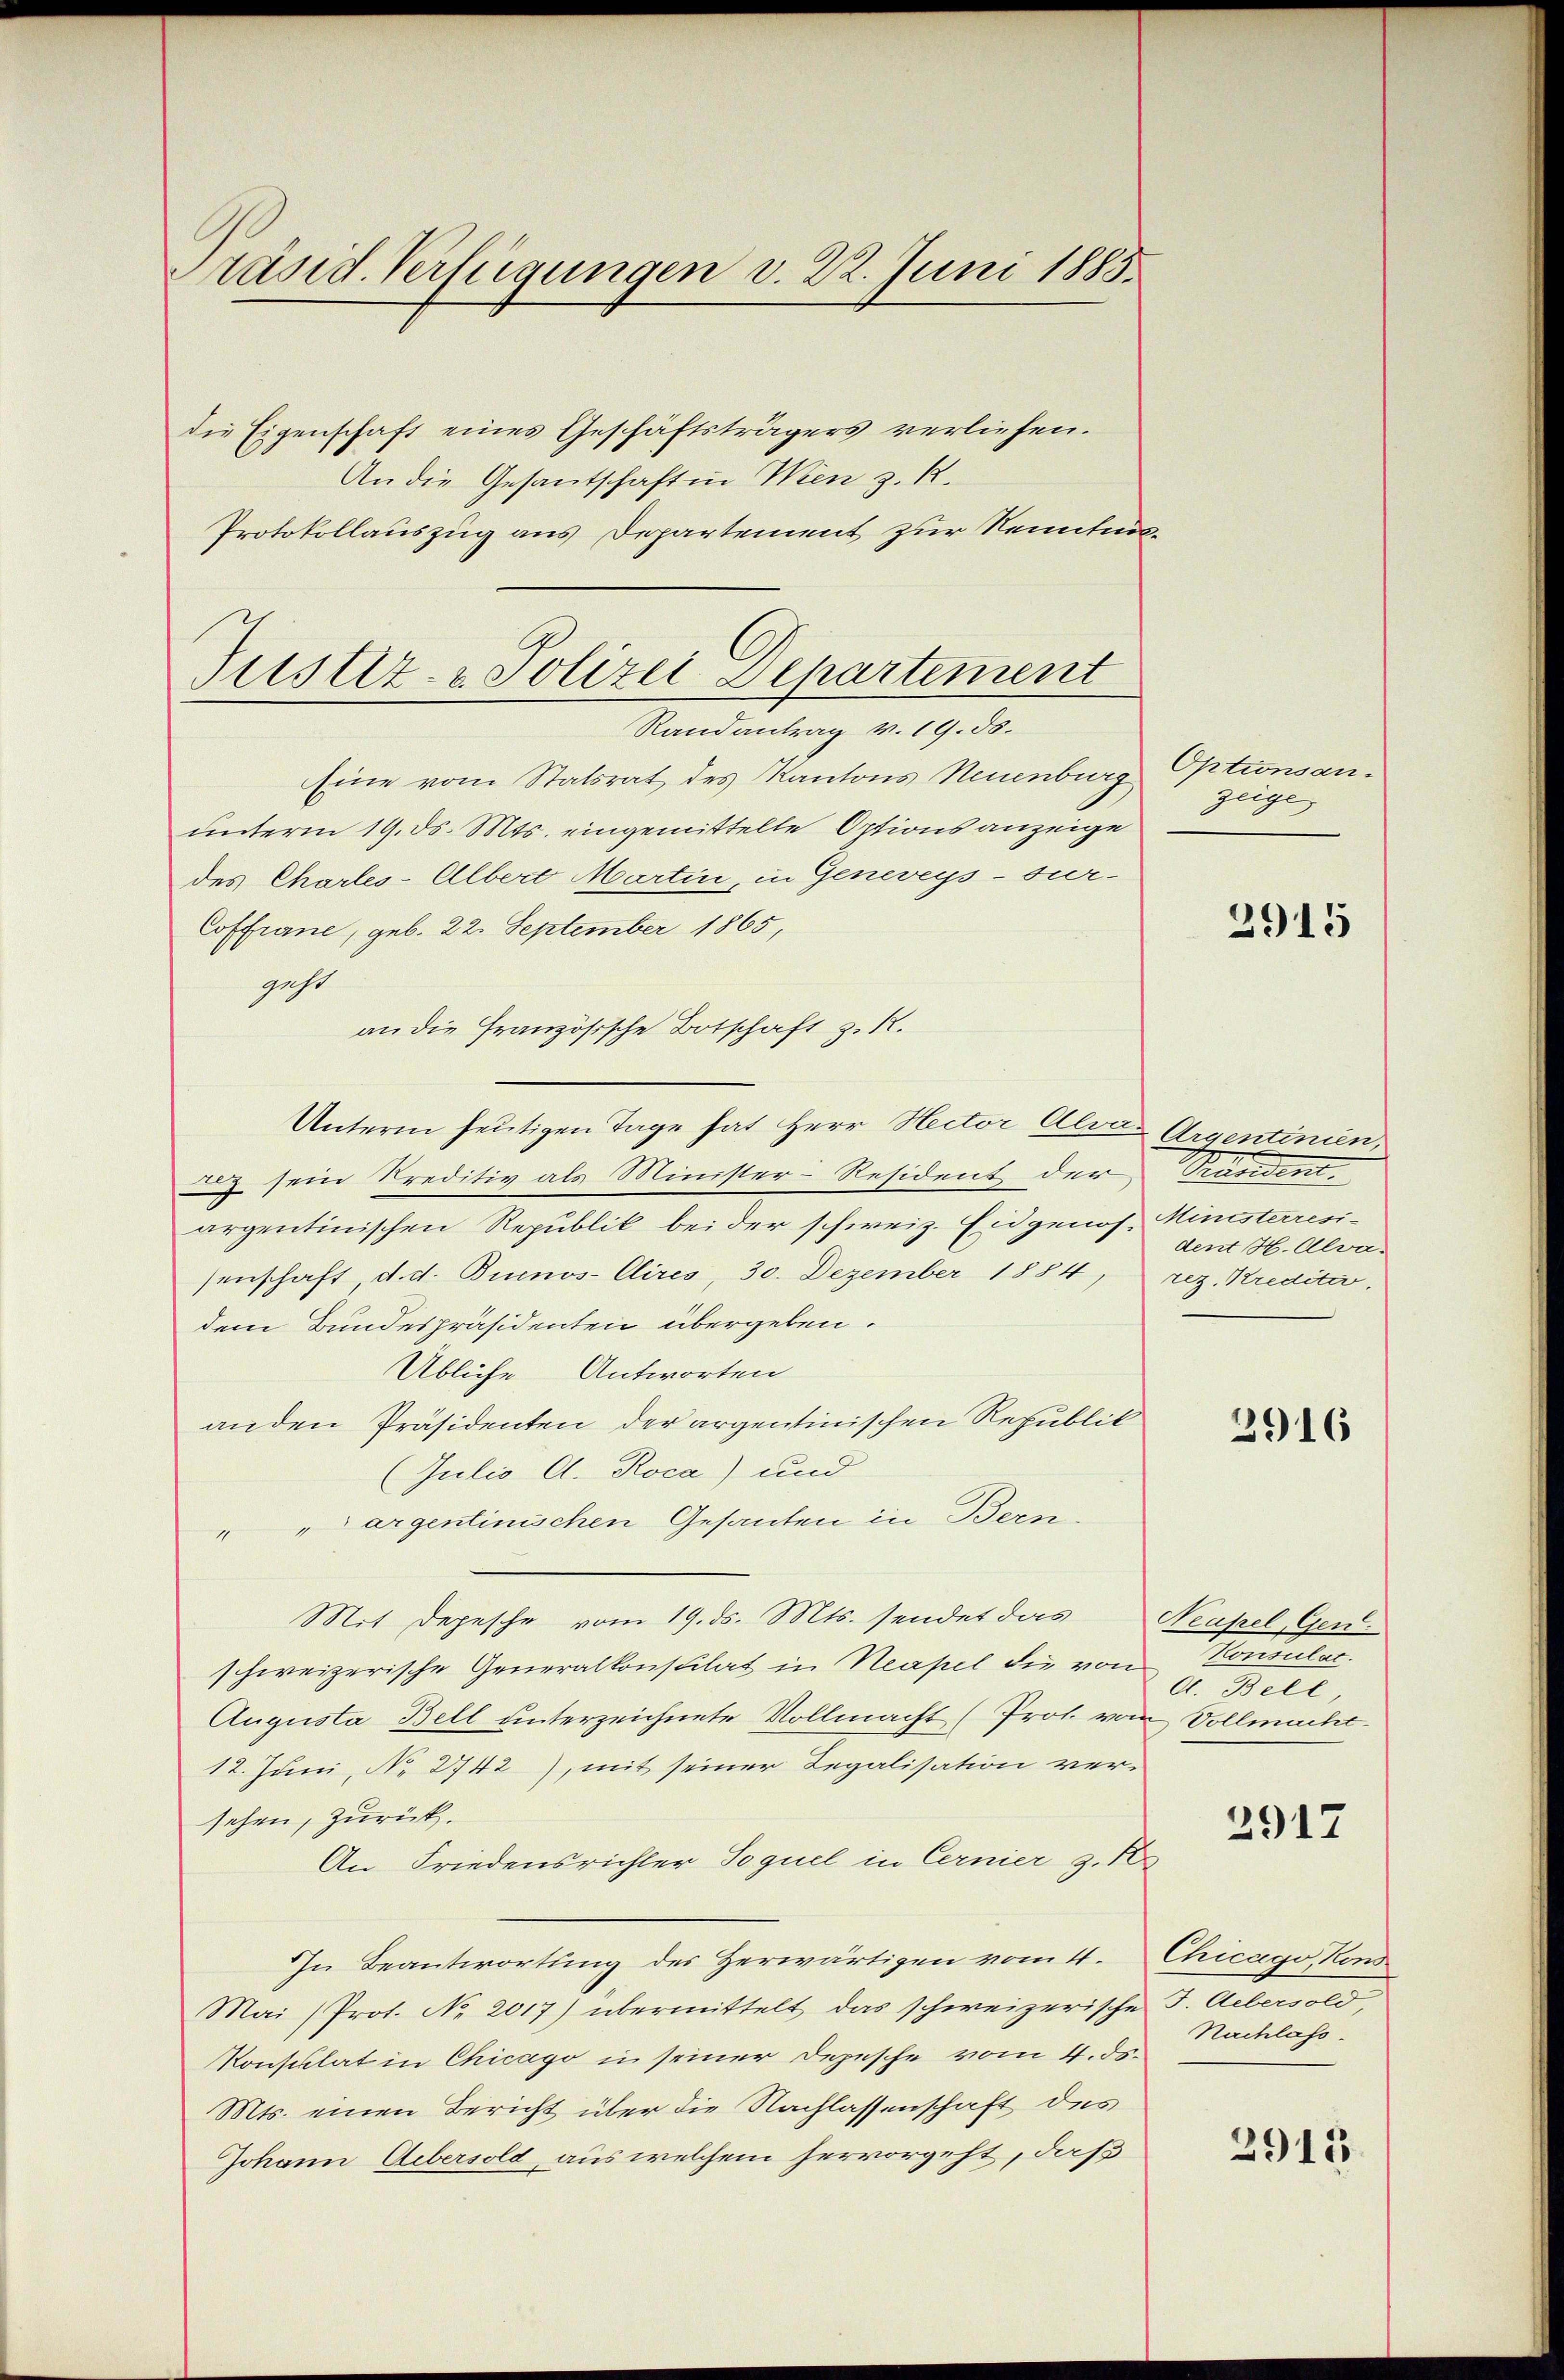
räsid. Verfügungen v. 22. Juni 1883.

die Eigenschaft eines Geschäftsträgers verliefen.
An die Gesantschaft in Wien z. R.
Protokollauszug aus Departement zur Nenntnis¬
Justiz- & Polizei Departement

Randantrag v. 19. ds.

Eine vom Statsrat des Kantons Neuenburg
unterm 19. ds. Mts. eingemittelte Optionsanzeige
des Charles-Albert Martin, in Geneveys-sur-
Coffrane, geb. 22. September 1865,
geht
an die Französische Botschaft z. R.
Unterm heutigen Tage hat Herr Nector Alva-Argentinien,
aiz sein Kreditiv als Minister-Resident der Prändent
argentinischen Republik bei der schweiz. Eidgenös-Ministerresisenschaft d. d. Buenos-Cires, 30. Dezember 1884,
dem Bundespräsidenten übergeben.
Übliche Antworten
anden Präsidenten der argentinischen Republik
(Julio A. Roca) und
" " argentinischen Gesanten in Bern.
Mit Depesche vom 19. ds. Mts. sendet das
schweizerische Generalkonsulat in Neapel die von
Augusta Bell unterzeichnete Vollmacht (Prot. vom Vollmacht.
12. Juni, N. 2742), mit seiner Regalisation versehen, zurück.
An Friedensrichter Sequel in Cernier z. B.
In Beantwortung des Herwärtigen vom 4.
Mai (Prot. No 2017) übermittelt, das schweizerische F. Uebersold
Konsulat in Chicago in seiner Depesche vom 4. ds.
Mts. einen Bericht über die Nachlassenschaft des
Johann Uebersold, aus welchem hervorgeht, daß

Optionsan.
zeige

2915

dent H. Alvarez. Kreditar.

3916

Neapel Gen.
Konsulat.
A. Bell,

2917

Chicago, Kons
Nachlass.

2915.